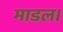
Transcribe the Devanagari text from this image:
माडल।